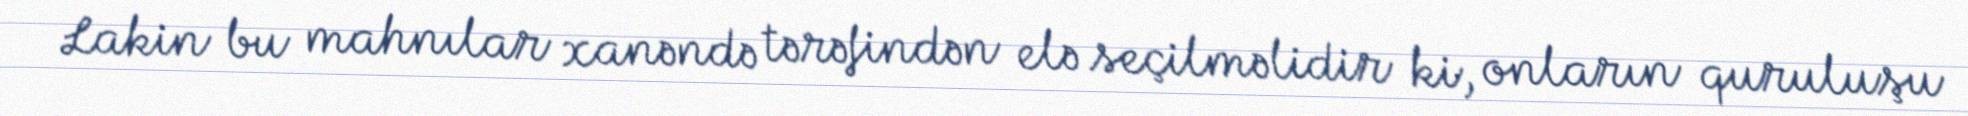
Lakin bu mahnılar xanəndə tərəfindən elə seçilməlidir ki, onların quruluşu